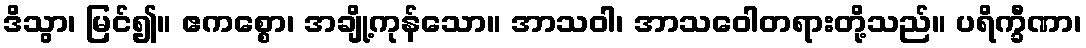
ဒိသွာ၊ မြင်၍။ ဧကစ္စော၊ အချို့ကုန်သော။ အာသဝါ၊ အာသဝေါတရားတို့သည်။ ပရိက္ခီဏာ၊